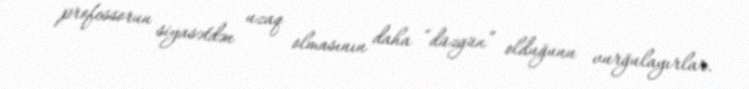
professorun siyasətdən uzaq olmasının daha “düzgün” olduğunu vurğulayırlar.